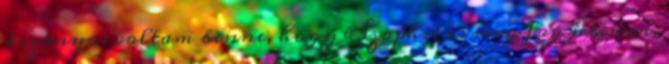
bizonyos voltam benne, hogy Szophie is meg fog jelenni,